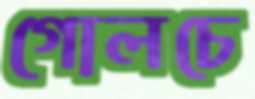
গোলচে